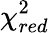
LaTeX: \chi_{red}^{2}